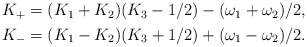
\begin{align*}\begin{aligned} K_{+}&=(K_1+K_2)(K_3-1/2)-(\omega_1+\omega_2)/2, \\ K_{-}&=(K_1-K_2)(K_3+1/2)+(\omega_1-\omega_2)/2. \end{aligned}\end{align*}